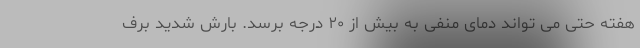
هفته حتی می تواند دمای منفی به بیش از ۲۰ درجه برسد. بارش شدید برف